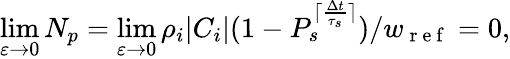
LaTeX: \operatorname*{lim}_{\varepsilon\to 0}N_{p}=\operatorname*{lim}_{\varepsilon\to 0}\rho_{i}|C_{i}|(1-P_{s}^{\lceil\frac{\Delta t}{\tau_{s}}\rceil})/w_{\mathrm{~r~e~f~}}=0,